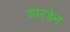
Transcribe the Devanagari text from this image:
डारडेन